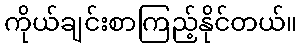
ကိုယ်ချင်းစာကြည့်နိုင်တယ်။